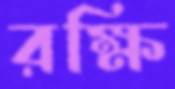
রক্ষি